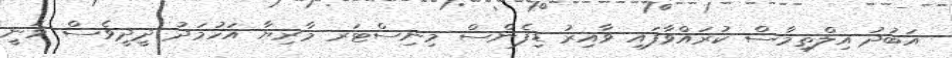
އަބުދު އިލްތިމާސް ކުރައްވާފައި ވާއިރު ޑިފެންސް މިނިސްޓަރ މާރިޔާ އަހުމަދު ދީދީވެސް ވަނީ